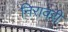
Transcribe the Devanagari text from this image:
निरावरी